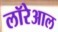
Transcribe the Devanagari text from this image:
लॉरेआल